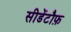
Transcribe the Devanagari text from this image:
सीडेंटौफ़